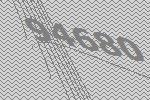
94680